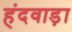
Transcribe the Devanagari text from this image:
हंदवाड़ा